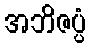
အဘိဇပ္ပံ